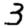
Digit: 3